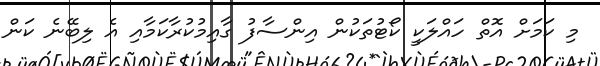
މި ކަމަށް އޮތް ހައްލަކީ ކޯޓުތަކުން އިންސާފު ގާއިމުކުރާކަމާއި އެ ލިބޭނެ ކަން